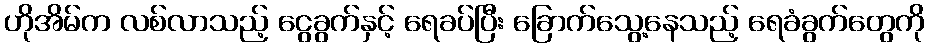
ဟိုအိမ်က လစ်လာသည့် ငွေခွက်နှင့် ရေခပ်ပြီး ခြောက်သွေ့နေသည့် ရေခံခွက်တွေကို